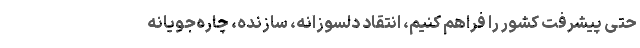
حتی پیشرفت کشور را فراهم کنیم، انتقاد دلسوزانه، سازنده، چاره‌جویانه